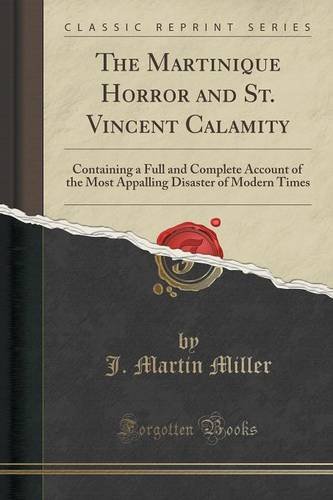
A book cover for The Martinique Horror and St. Vincent Calamity: Containing a Full and Complete Account of the Most Appalling Disaster of Modern Times (Classic Reprint); J. Martin Miller; Travel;